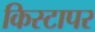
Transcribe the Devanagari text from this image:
किस्टापर